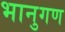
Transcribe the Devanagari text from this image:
भानुगण